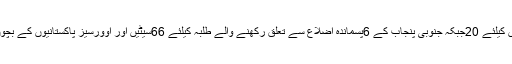
ان کے علاوہ سپیشل (معذور) بچوں کیلئے 20جبکہ جنوبی پنجاب کے 6پسماندہ اضلاع سے تعلق رکھنے والے طلبہ کیلئے 66سیٹیں اور اوورسیز پاکستانیوں کے بچوں کیلئی76 نشستیں مخصوص ہیں۔